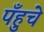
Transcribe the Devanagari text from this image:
पँहुचे